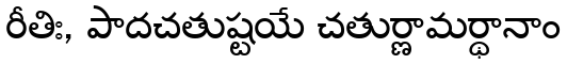
రీతిః, పాదచతుష్టయే చతుర్ణామర్థానాం